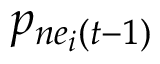
p _ { n e _ { i } ( t - 1 ) }